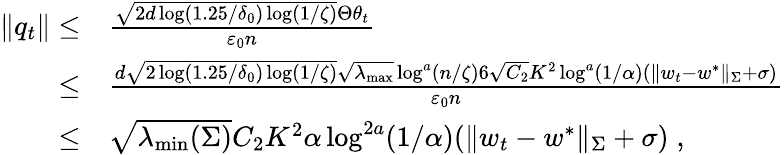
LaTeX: \begin{array}{rl}{\| q_{t}\| \leq}&{\frac{\sqrt{2d\log(1.25/\delta_{0})\log(1/\zeta)}\Theta\theta_{t}}{\varepsilon_{0}n}}\\ {\leq}&{\frac{d\sqrt{2\log(1.25/\delta_{0})\log(1/\zeta)}\sqrt{\lambda_{\operatorname*{max}}}\log^{a}(n/\zeta)6\sqrt{C_{2}}K^{2}\log^{a}(1/\alpha)(\| w_{t}-w^{*}\| _{\Sigma}+\sigma)}{\varepsilon_{0}n}}\\ {\leq}&{\sqrt{\lambda_{\operatorname*{min}}(\Sigma)}C_{2}K^{2}\alpha\log^{2a}(1/\alpha)(\| w_{t}-w^{*}\| _{\Sigma}+\sigma)\; ,}\end{array}